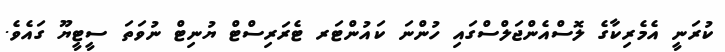
ކުރަނީ އެމެރިކާގެ ލޮސްއެންޖަލްސްގައި ހުންނަ ކައުންޓަރ ޓެރަރިސްޓް ޔުނިޓް ނުވަތަ ސީޓީޔޫ ގައެވެ.